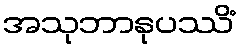
အသုဘာနုပဿိံ